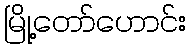
မြို့တော်ဟောင်း